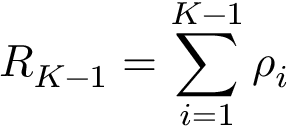
R _ { K - 1 } = \sum _ { i = 1 } ^ { K - 1 } \rho _ { i }